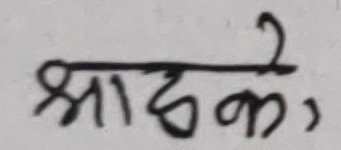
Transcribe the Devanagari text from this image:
श्राढको,